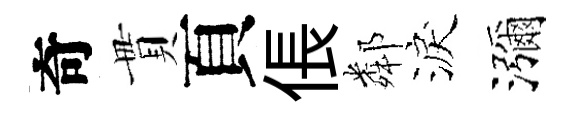
奇貫頁倀鄰淚瀰